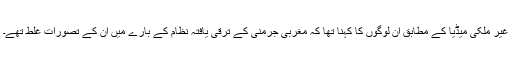
غیر ملکی میڈیا کے مطابق ان لوگوں کا کہنا تھا کہ مغربی جرمنی کے ترقی یافتہ نظام کے بارے میں ان کے تصورات غلط تھے۔